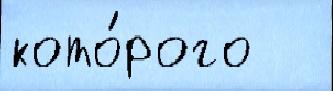
кото́рого